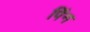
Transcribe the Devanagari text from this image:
पिंन